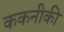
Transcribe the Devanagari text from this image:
ककनीकी